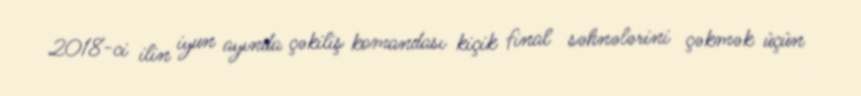
2018-ci ilin iyun ayında çəkiliş komandası kiçik final səhnələrini çəkmək üçün